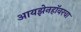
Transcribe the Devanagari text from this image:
आयझेनहॉवरचा